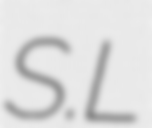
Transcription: S.L